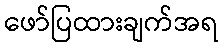
ဖော်ပြထားချက်အရ